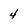
Character: 4